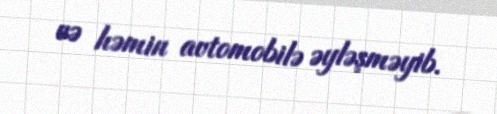
və həmin avtomobilə əyləşməyib.